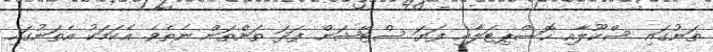
ތަނުގައި ސްކޫލާއި ހޮސްޕިޓަލާއި ފަޔަ ސްޓޭޝަން ފަދަ ތަންތަން ނެތެވެ. އެކަމަކު އެތަނުގައި